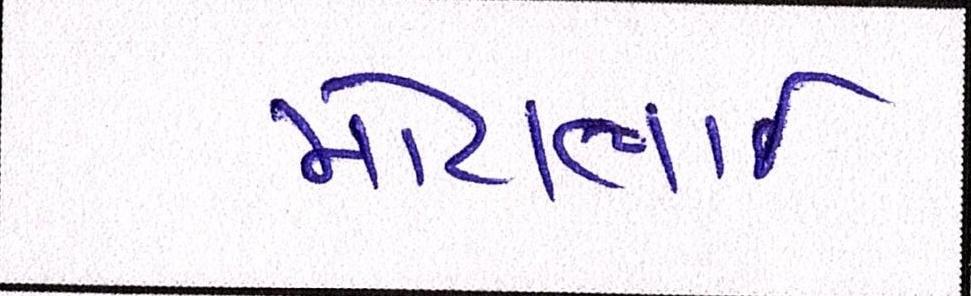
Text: મોટાભાઈ